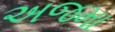
અજમા